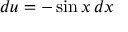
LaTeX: d u = - \sin x \, d x